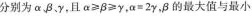
分别为α、β、γ，且$$α ≥ β ≥ y$$，$$α = 2 γ$$，β的最大值与最小